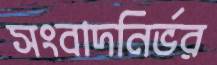
সংবাদনির্ভর